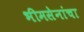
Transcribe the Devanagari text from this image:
भीमसेनांचा